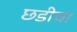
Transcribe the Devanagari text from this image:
छडीचा